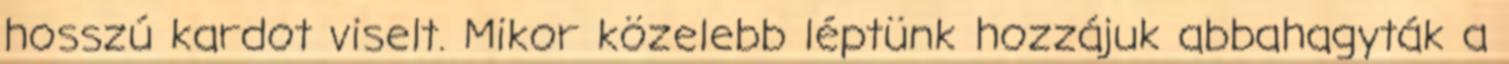
hosszú kardot viselt. Mikor közelebb léptünk hozzájuk abbahagyták a